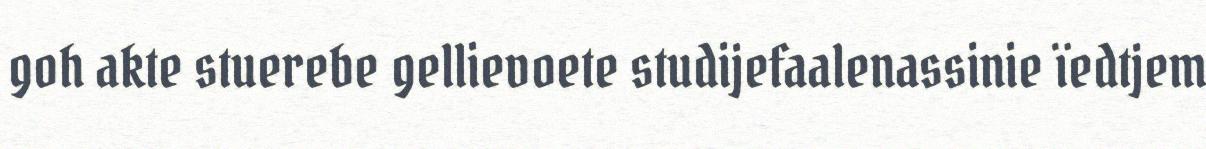
goh akte stuerebe gellievoete studijefaalenassinie ïedtjem